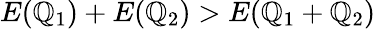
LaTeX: E(\mathbb{Q}_{1})+E(\mathbb{Q}_{2})>E(\mathbb{Q}_{1}+\mathbb{Q}_{2})